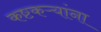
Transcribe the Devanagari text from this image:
कष्टकऱ्यांना